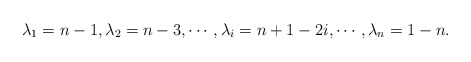
\begin{align*}\lambda_1=n-1, \lambda_2=n-3, \cdots, \lambda_{i}=n+1-2i, \cdots, \lambda_n= 1-n.\end{align*}